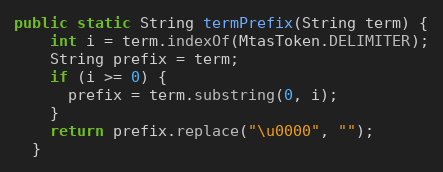
Language: Java
public static String termPrefix(String term) {
    int i = term.indexOf(MtasToken.DELIMITER);
    String prefix = term;
    if (i >= 0) {
      prefix = term.substring(0, i);
    }
    return prefix.replace("\u0000", "");
  }